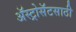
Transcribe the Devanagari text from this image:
ॲस्ट्रोसॅटसाठी